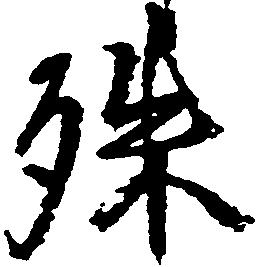
殊